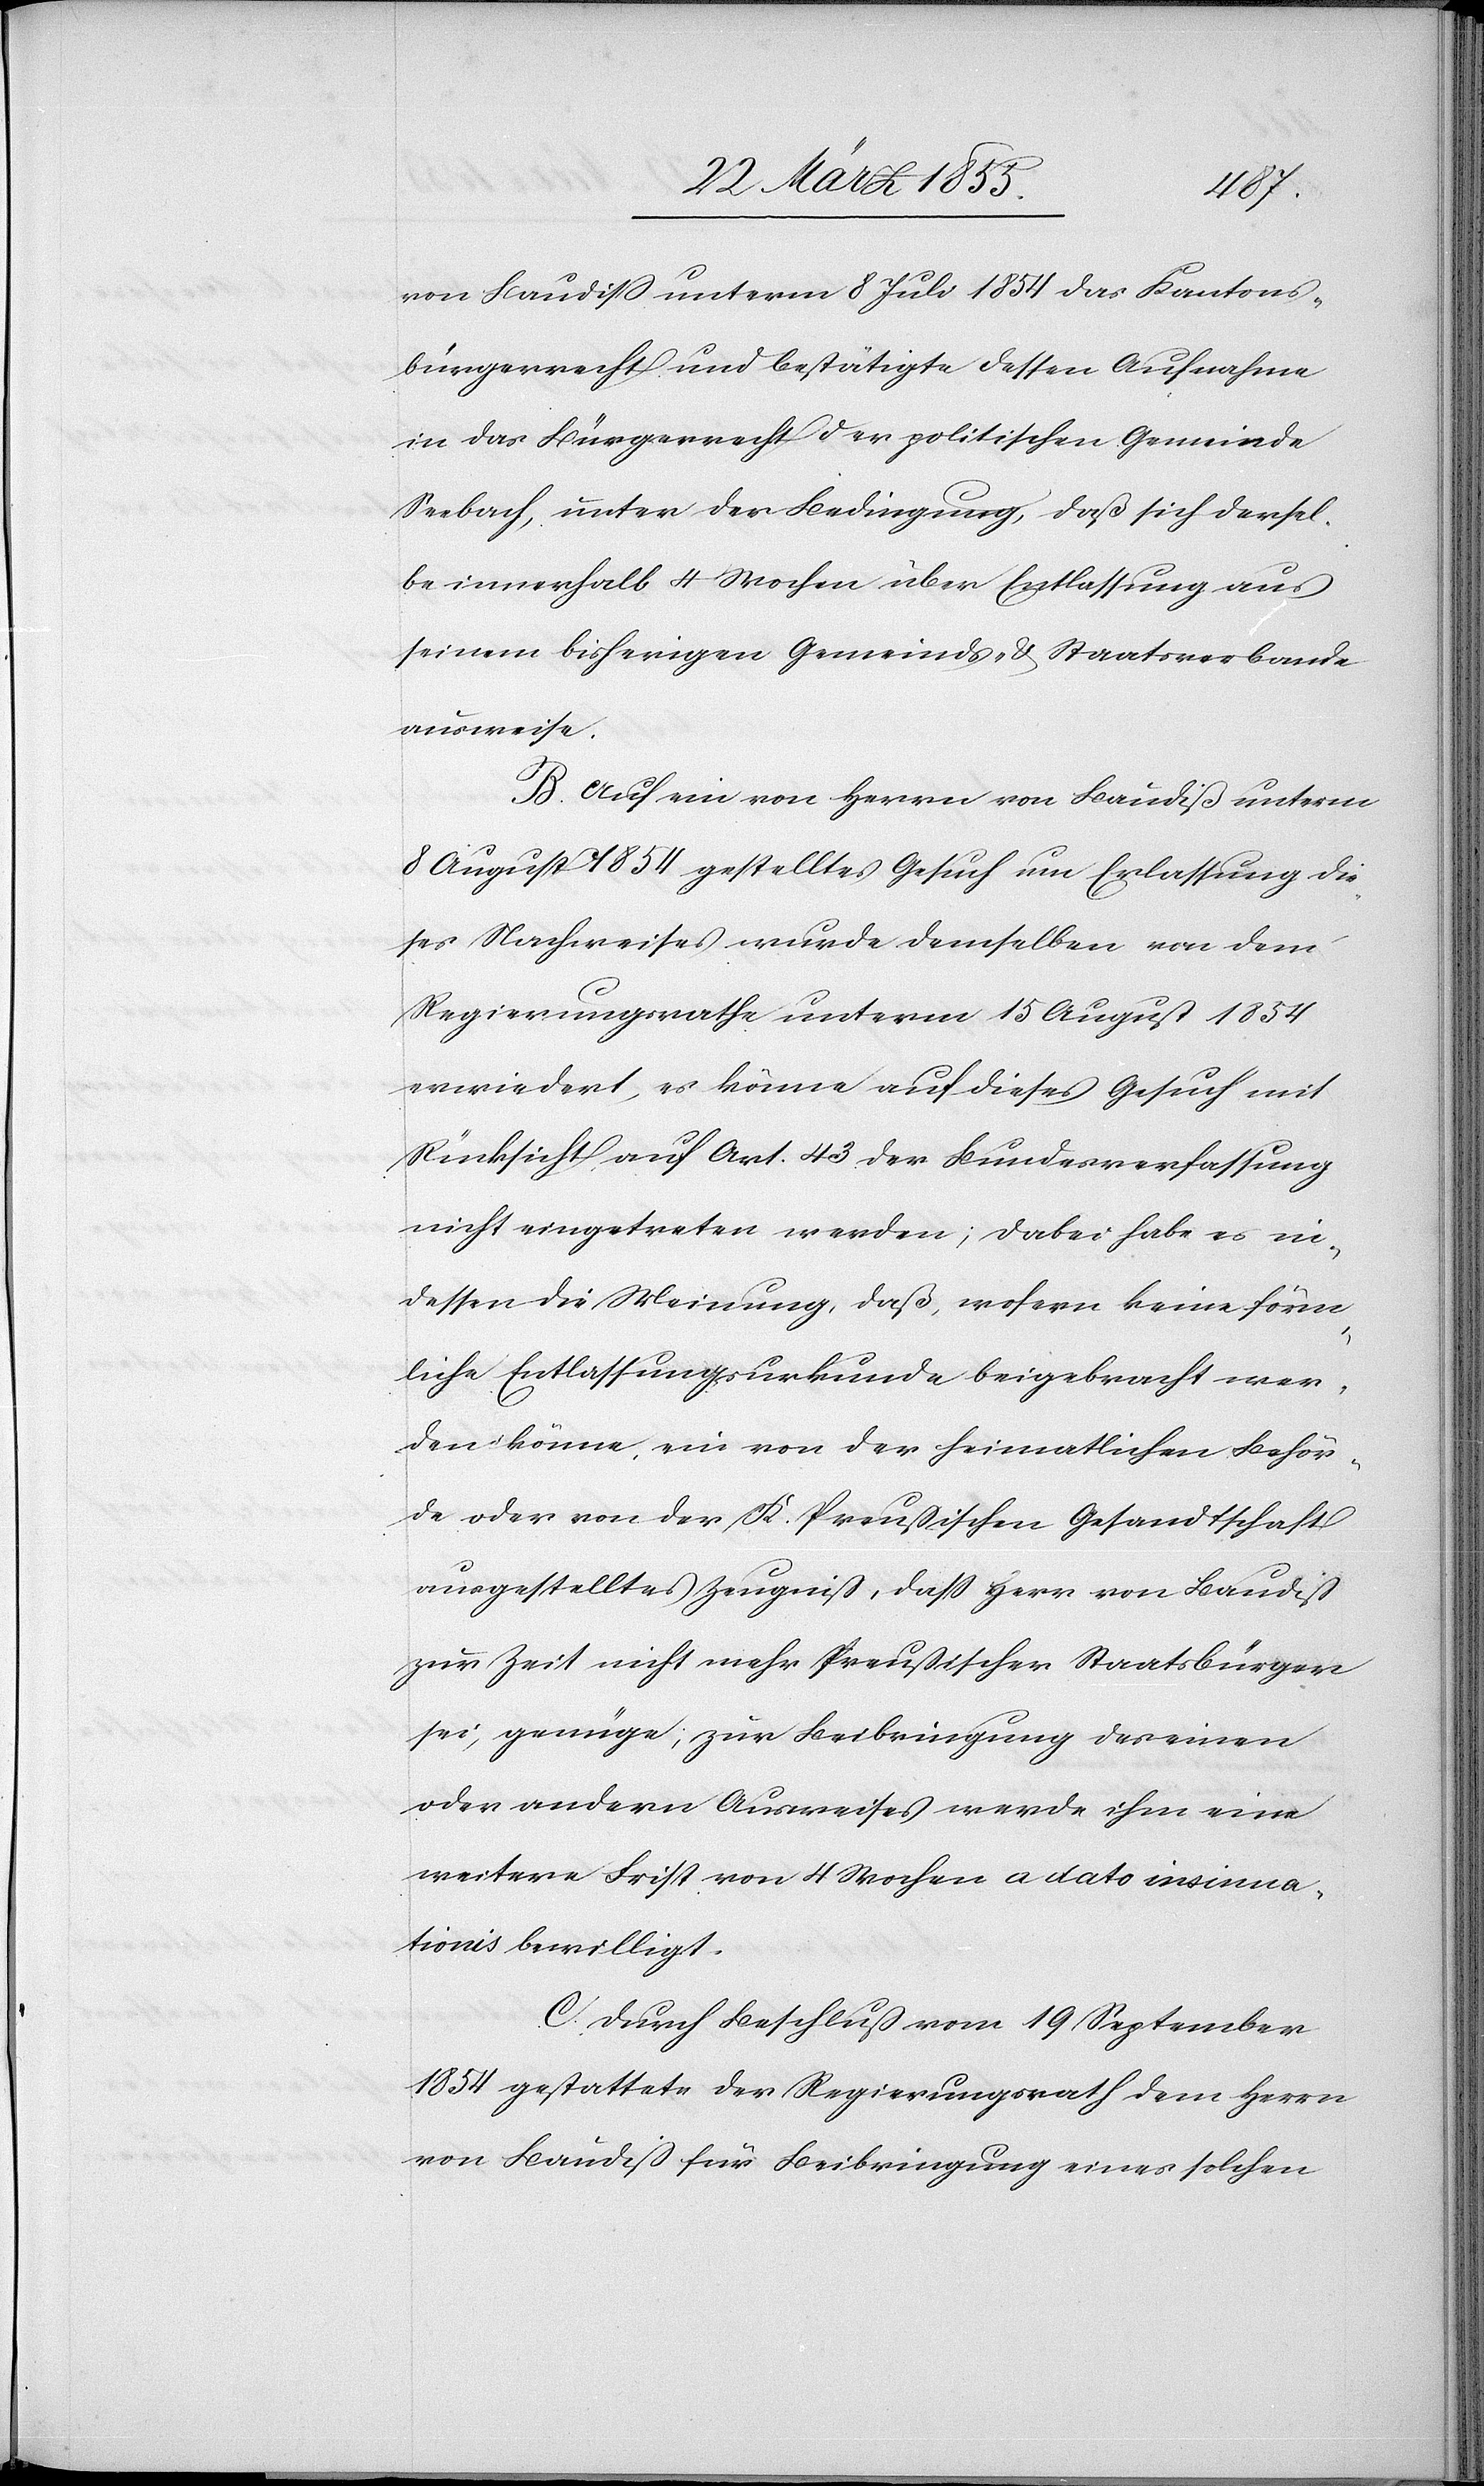
von Baudiss unterm 8 Juli 1854 das Kantons¬
bürgerrecht und bestätigte dessen Aufnahme
in das Bürgerrecht der politischen Gemeinde
Seebach, unter der Bedingung, daß sich dersel¬
be innerhalb 4 Wochen über Entlassung aus
seinem bisherigen Gemeinds- & Staatsverbande
ausweise.
B. Auf ein von Herrn von Baudiß unterm
7 August 1854 gestelltes Gesuch um Erlassung die¬
ses Nachweises wurde demselben von dem
Regierungsrathe unterm 15 August 1854
erwiedert, es könne auf dieses Gesuch mit
Rücksicht auf Art. 43 der Bundesverfassung
nicht eingetreten werden; dabei habe es in¬
dessen die Meinung, daß, wofern keine förm¬
liche Entlassungsurkunde beigebracht wer¬
den könne, ein von der heimatlichen Behör¬
de oder von der K. Preußischen Gesandtschaft
ausgestelltes Zeugniß, dass Herr von Baudiß
zur Zeit nicht mehr Preußischer Staatsbürger
sei, genüge; zur Beibringung des einen
oder andern Ausweises werde ihm eine
weitere Frist von 4 Wochen a dato insinua¬
tionis bewilligt.
C. Durch Beschluß vom 19 September
1854 gestattete der Regierungsrath dem Herrn
von Baudiß für Beibringung eines solchen